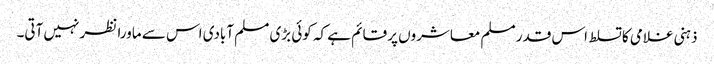
ذہنی غلامی کا تسلط اس قدر مسلم معاشروں پر قائم ہے کہ کوئی بڑی مسلم آبادی اس سے ماورا نظر نہیں آتی۔